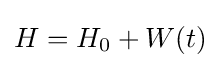
H=H_{0}+W(t)